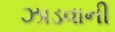
ઝાડવાની